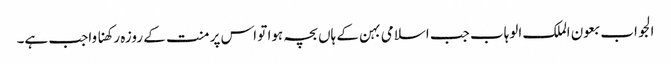
الجواب بعون الملک الوہاب جب اسلامی بہن کے ہاں بچہ ہوا تو اس پر منت کے روزہ رکھنا واجب ہے۔